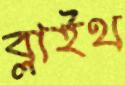
ব্লাইথ